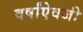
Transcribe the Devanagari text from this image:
वर्षांऐवजी